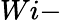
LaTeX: Wi-